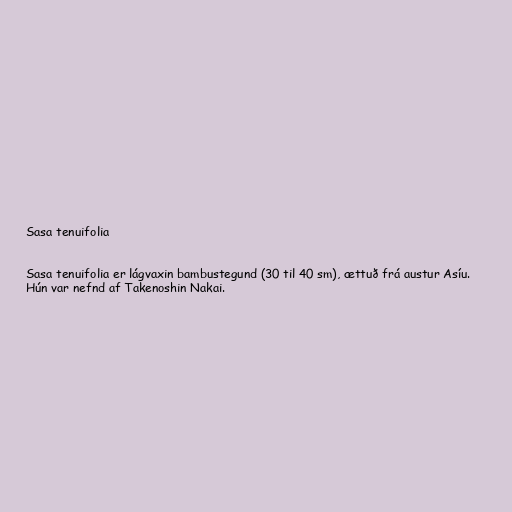
Sasa tenuifolia

Sasa tenuifolia er lágvaxin bambustegund (30 til 40 sm), ættuð frá austur Asíu.
Hún var nefnd af Takenoshin Nakai.